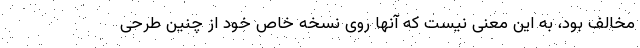
مخالف بود، به این معنی نیست که آنها روی نسخه خاص خود از چنین طرحی